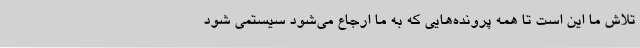
تلاش ما این است تا همه پرونده‌هایی که به ما ارجاع می‌شود سیستمی‌ شود